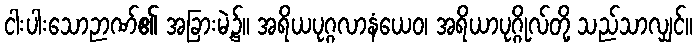
ငါးပါးသောဉာဏ်၏ အခြားမဲ့၌။ အရိယပုဂ္ဂလာနံယေဝ၊ အရိယာပုဂ္ဂိုလ်တို့ သည်သာလျှင်။